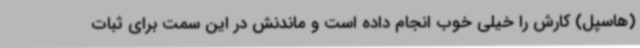
(هاسپل) کارش را خیلی خوب انجام داده است و ماندنش در این سمت برای ثبات